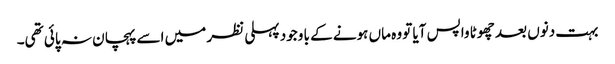
بہت دنوں بعد چھوٹا واپس آیا تو وہ ماں ہونے کے با وجود پہلی نظر میں اسے پہچان نہ پائی تھی۔